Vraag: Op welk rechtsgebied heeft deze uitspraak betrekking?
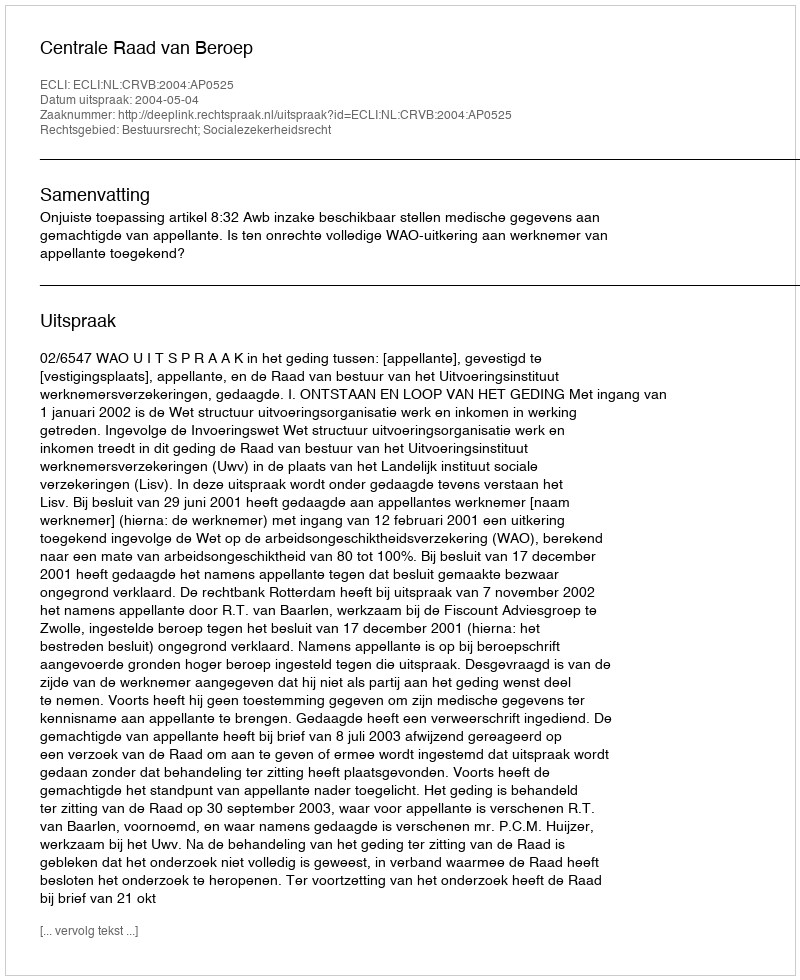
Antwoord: Bestuursrecht; Socialezekerheidsrecht